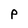
Character: P